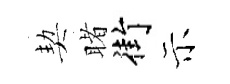
契睹街示